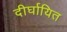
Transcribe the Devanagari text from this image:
दीर्घायित